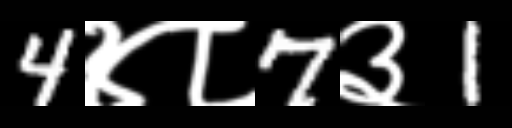
Text: 4४८7३1